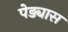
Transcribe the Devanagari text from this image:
पेड्यास